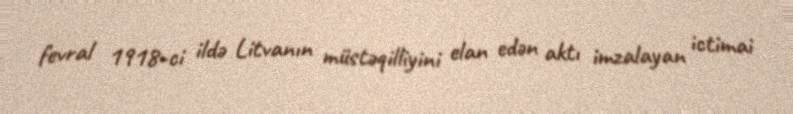
fevral 1918-ci ildə Litvanın müstəqilliyini elan edən aktı imzalayan ictimai